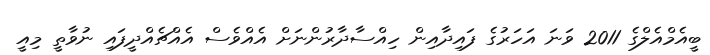
ބީއެމްއެލްގެ 2011 ވަނަ އަހަރުގެ ފައިދާއިން ހިއްސާދާރުންނަށް އެއްވެސް އެއްޗެއްދީފައި ނުވާތީ މިއީ